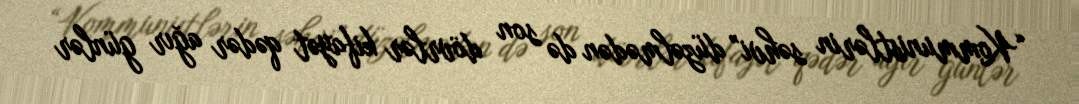
“Kommunistlərin səhvi” düzəlmədən də son dövrlər kifayət qədər ağır günlər